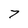
Character: 7